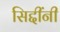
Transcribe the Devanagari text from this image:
सिद्दींनी